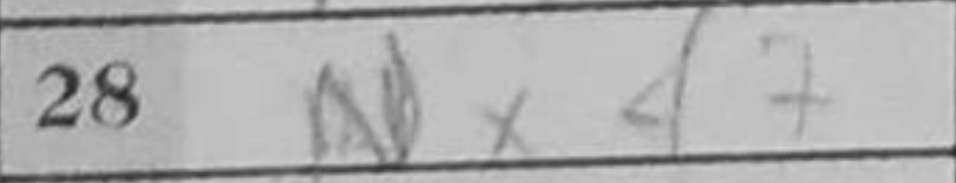
Transcription: Nxf7